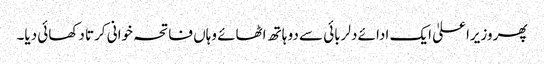
پھر وزیراعلیٰ ایک ادائے دلربائی سے دو ہاتھ اٹھائے وہاں فاتحہ خوانی کرتا دکھائی دیا۔